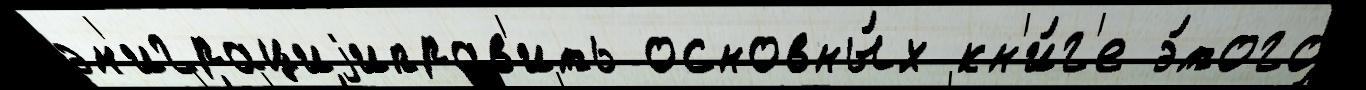
эм'играциjиправ'ить основны́х кн'и́г'е э́того